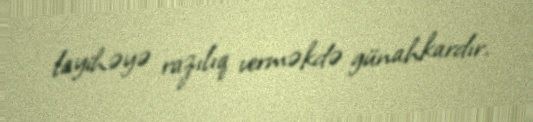
layihəyə razılıq verməkdə günahkardır.